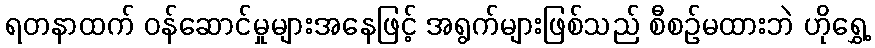
ရတနာထက် ဝန်ဆောင်မှုများအနေဖြင့် အရွက်များဖြစ်သည် စီစဉ်မထားဘဲ ဟိုရွှေ့